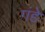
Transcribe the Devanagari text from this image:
गंडे